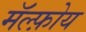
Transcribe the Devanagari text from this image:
मॅल्फ़ोय